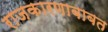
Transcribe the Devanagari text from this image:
राजकारणाबाबत